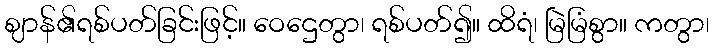
ဈာန်၏ရစ်ပတ်ခြင်းဖြင့်။ ဝေဌေတွာ၊ ရစ်ပတ်၍။ ထိရံ၊ မြဲမြံစွာ။ ကတွာ၊